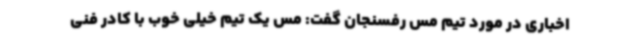
اخباری در مورد تیم مس رفسنجان گفت: مس یک تیم خیلی خوب با کادر فنی